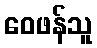
ဝေဖန်သူ